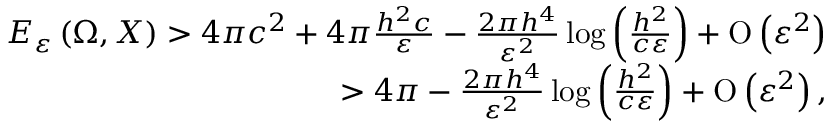
\begin{array} { r } { E _ { \varepsilon } \left( \Omega , X \right) > 4 \pi c ^ { 2 } + 4 \pi \frac { h ^ { 2 } c } { \varepsilon } - \frac { 2 \pi h ^ { 4 } } { \varepsilon ^ { 2 } } \log { \left( \frac { h ^ { 2 } } { c \varepsilon } \right) } + \ensuremath { \operatorname { O } \left( \varepsilon ^ { 2 } \right) } } \\ { > 4 \pi - \frac { 2 \pi h ^ { 4 } } { \varepsilon ^ { 2 } } \log { \left( \frac { h ^ { 2 } } { c \varepsilon } \right) } + \ensuremath { \operatorname { O } \left( \varepsilon ^ { 2 } \right) } , } \end{array}